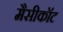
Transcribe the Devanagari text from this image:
मैसीकॉट